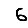
Digit: 6